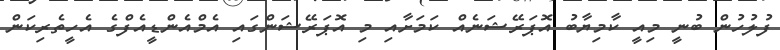
ފުލުހުން ބުނީ މިއީ ކާމިޔާބު އޮޕަރޭޝަނެއް ކަމަށާއި މި އޮޕަރޭޝަންގައި އެމްއެންޑީއެފްގެ އެހީތެރިކަން